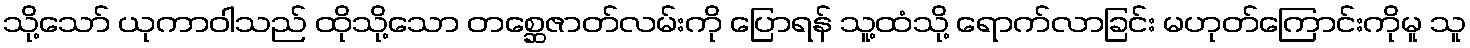
သို့သော် ယုကာဝါသည် ထိုသို့သော တစ္ဆေဇာတ်လမ်းကို ပြောရန် သူ့ထံသို့ ရောက်လာခြင်း မဟုတ်ကြောင်းကိုမူ သူ